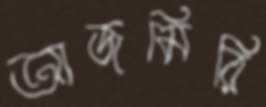
আজমিরি